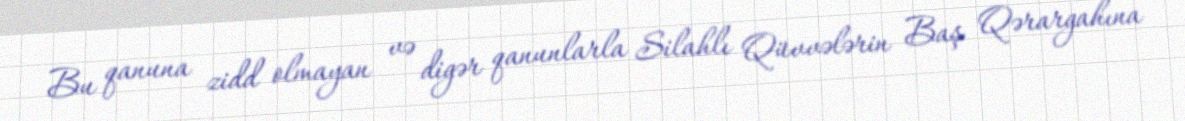
Bu qanuna zidd olmayan və digər qanunlarla Silahlı Qüvvələrin Baş Qərargahına